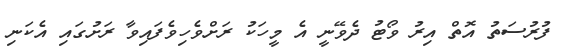
ފުރުސަތު އޮތް އިރު ވޯޓު ދެވޭނީ އެ މީހަކު ރަށްވެހިވެފައިވާ ރަށުގައި އެކަނި